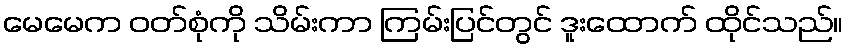
မေမေက ဝတ်စုံကို သိမ်းကာ ကြမ်းပြင်တွင် ဒူးထောက် ထိုင်သည်။